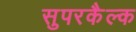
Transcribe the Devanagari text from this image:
सुपरकैल्क